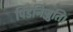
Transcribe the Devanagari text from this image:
पिंडनिज्जुति।